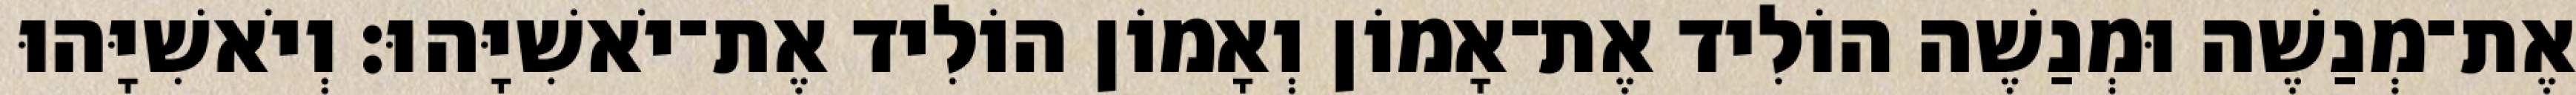
אֶת־מְנַשֶׁה וּמְנַשֶׁה הוֹלִיד אֶת־אָמוֹן וְאָמוֹן הוֹלִיד אֶת־יֹאשִׁיָּהוּ׃ וְיֹאשִׁיָּהוּ